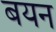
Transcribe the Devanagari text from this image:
बयन